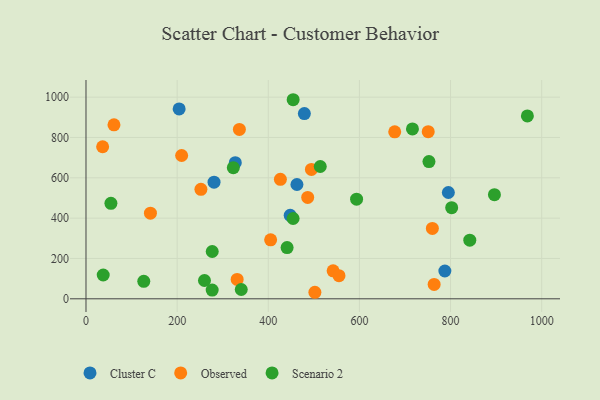
{"axis": {"x": "Distance", "y": "Demand"}, "legend": ["Cluster C", "Observed", "Scenario 2"], "data": [{"x": "281.0", "y": 578.4, "type": "Cluster C"}, {"x": "787.5", "y": 137.9, "type": "Cluster C"}, {"x": "795.2", "y": 527.2, "type": "Cluster C"}, {"x": "462.9", "y": 566.9, "type": "Cluster C"}, {"x": "479.2", "y": 918.5, "type": "Cluster C"}, {"x": "204.4", "y": 941.4, "type": "Cluster C"}, {"x": "448.1", "y": 413.9, "type": "Cluster C"}, {"x": "327.6", "y": 675.1, "type": "Cluster C"}, {"x": "405.2", "y": 292.7, "type": "Observed"}, {"x": "209.9", "y": 710.6, "type": "Observed"}, {"x": "542.3", "y": 139.0, "type": "Observed"}, {"x": "426.6", "y": 592.4, "type": "Observed"}, {"x": "252.2", "y": 543.1, "type": "Observed"}, {"x": "61.4", "y": 862.9, "type": "Observed"}, {"x": "331.7", "y": 96.2, "type": "Observed"}, {"x": "751.0", "y": 828.8, "type": "Observed"}, {"x": "486.5", "y": 502.9, "type": "Observed"}, {"x": "141.4", "y": 424.6, "type": "Observed"}, {"x": "760.1", "y": 349.0, "type": "Observed"}, {"x": "677.5", "y": 828.1, "type": "Observed"}, {"x": "555.2", "y": 114.7, "type": "Observed"}, {"x": "36.5", "y": 753.9, "type": "Observed"}, {"x": "502.3", "y": 32.4, "type": "Observed"}, {"x": "494.7", "y": 641.4, "type": "Observed"}, {"x": "764.0", "y": 71.1, "type": "Observed"}, {"x": "336.6", "y": 840.1, "type": "Observed"}, {"x": "593.8", "y": 494.0, "type": "Scenario 2"}, {"x": "842.2", "y": 290.8, "type": "Scenario 2"}, {"x": "277.0", "y": 234.6, "type": "Scenario 2"}, {"x": "802.5", "y": 452.0, "type": "Scenario 2"}, {"x": "54.7", "y": 473.6, "type": "Scenario 2"}, {"x": "260.0", "y": 90.7, "type": "Scenario 2"}, {"x": "454.6", "y": 987.2, "type": "Scenario 2"}, {"x": "441.3", "y": 254.2, "type": "Scenario 2"}, {"x": "716.4", "y": 842.4, "type": "Scenario 2"}, {"x": "896.3", "y": 516.2, "type": "Scenario 2"}, {"x": "276.9", "y": 43.5, "type": "Scenario 2"}, {"x": "968.6", "y": 906.7, "type": "Scenario 2"}, {"x": "323.3", "y": 650.4, "type": "Scenario 2"}, {"x": "37.8", "y": 118.0, "type": "Scenario 2"}, {"x": "340.7", "y": 46.1, "type": "Scenario 2"}, {"x": "752.6", "y": 680.4, "type": "Scenario 2"}, {"x": "454.5", "y": 398.3, "type": "Scenario 2"}, {"x": "514.1", "y": 656.0, "type": "Scenario 2"}, {"x": "126.8", "y": 86.5, "type": "Scenario 2"}]}